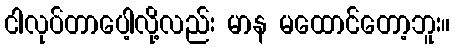
ငါလုပ်တာပေါ့လို့လည်း မာန မထောင်တော့ဘူး။